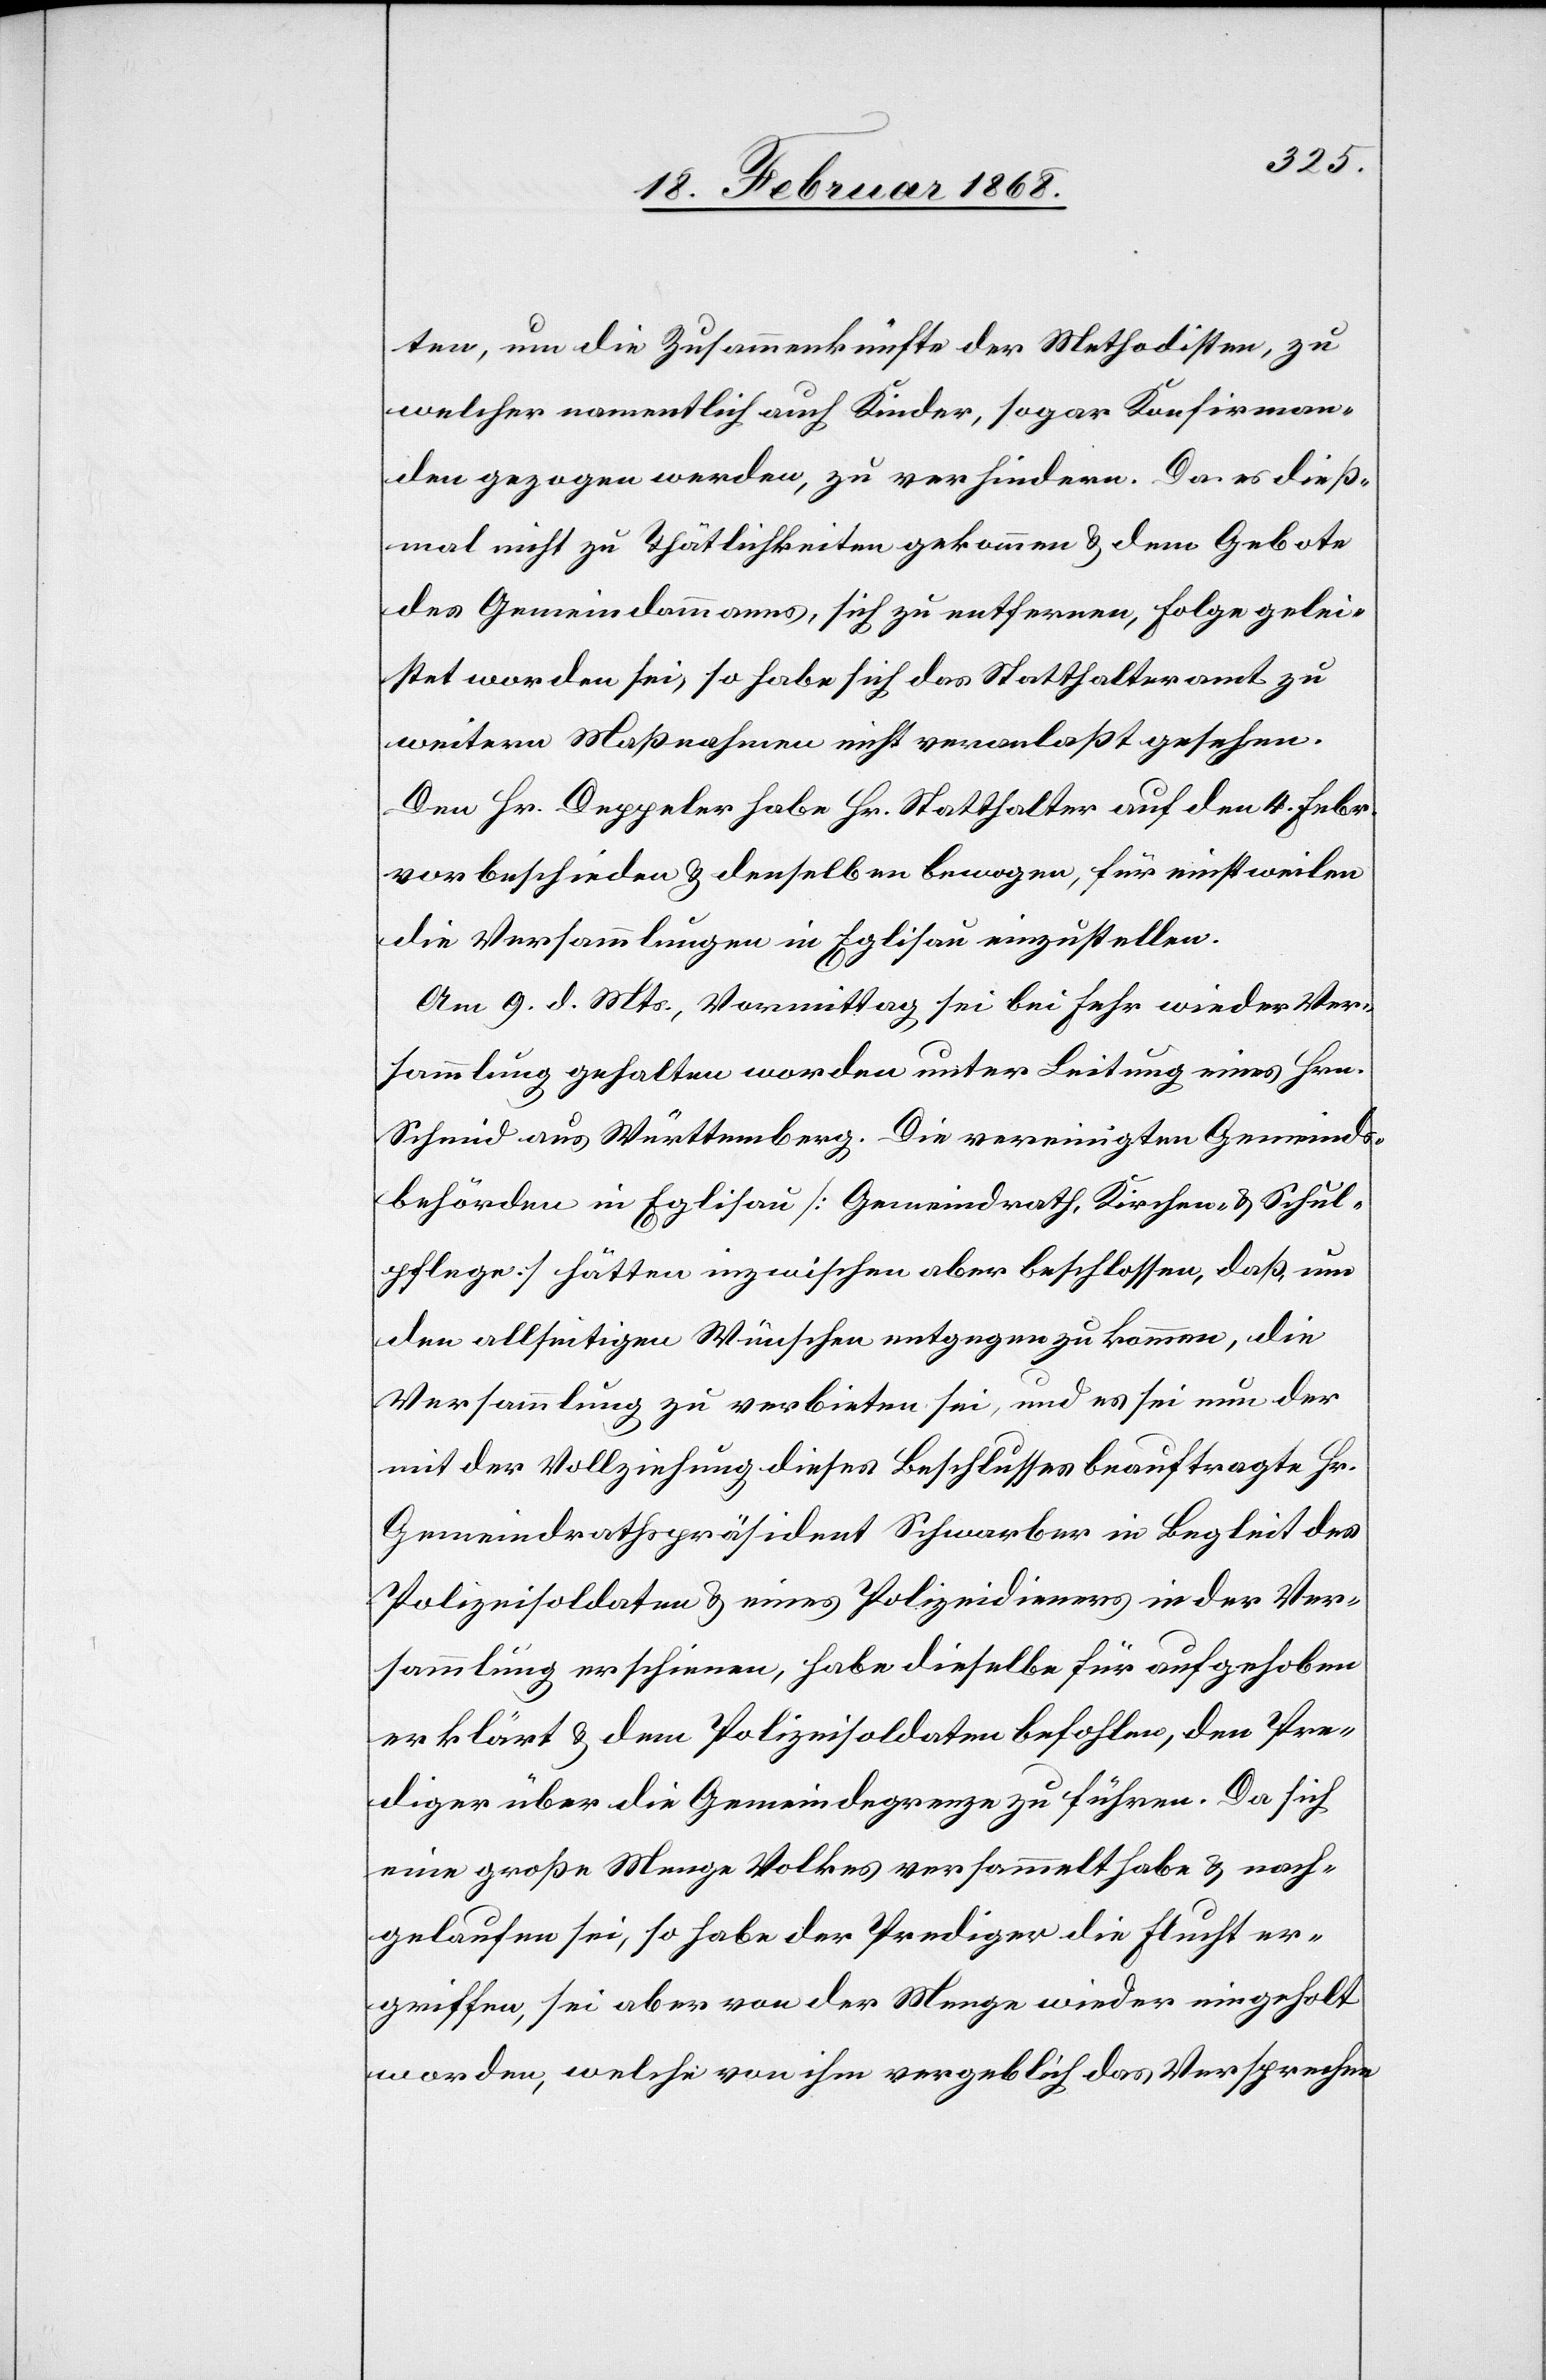
ten, um die Zusammenkünfte der Methodisten, zu
welcher namentlich auch Kinder, sogar Konfirman¬
den gezogen werden, zu verhindern. Da es dieß¬
mal nicht zu Thätlichkeiten gekommen & dem Gebote
des Gemeindammanns, sich zu entfernen, Folge gelei¬
stet worden sei, so habe sich das Statthalteramt zu
weitern Maßnahmen nicht veranlaßt gesehen.
Den Hr. Deppeler habe Hr. Statthalter auf den 4. Febr.
vorbeschieden & denselben bewogen, für einstweilen
die Versammlungen in Eglisau einzustellen.
Am 9. d. Mts., Vormittag sei bei Fehr wieder Ver¬
sammlung gehalten worden unter Leitung eines Hrn.
Schmid aus Württemberg. Die vereinigten Gemeinds¬
behörden in Eglisau [Gemeindrath, Kirchen- & Schul¬
pflege] hätten inzwischen aber beschlossen, daß, um
den allseitigen Wünschen entgegen zu kommen, die
Versammlung zu verbieten sei, und es sei nun der
mit der Vollziehung dieses Beschlusses beauftragte Hr.
Gemeindrathspräsident Schwarber in Begleit des
Polizeisoldaten & eines Polizeidieners in der Ver¬
sammlung erschienen, habe dieselbe für aufgehoben
erklärt & dem Polizeisoldaten befohlen, den Pre¬
diger über die Gemeindegrenze zu führen. Da sich
eine große Menge Volkes versammelt habe & nach¬
gelaufen sei, so habe der Prediger die Flucht er¬
griffen, sei aber von der Menge wieder eingeholt
worden, welche von ihm vergeblich das Versprechen